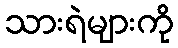
သားရဲများကို